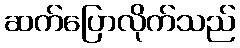
ဆက်ပြောလိုက်သည်